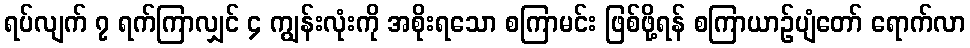
ရပ်လျက် ၇ ရက်ကြာလျှင် ၄ ကျွန်းလုံးကို အစိုးရသော စကြာမင်း ဖြစ်ဖို့ရန် စကြာယာဉ်ပျံတော် ရောက်လာ